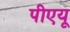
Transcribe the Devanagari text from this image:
पीएयू